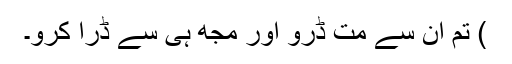
) تم ان سے مت ڈرو اور مجھ ہی سے ڈرا کرو۔